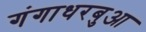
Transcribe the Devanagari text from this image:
गंगाधरबुआ